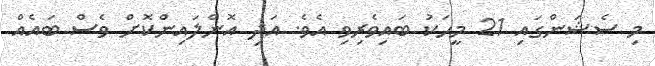
މި ސެޝަންގައި 21 މީހަކު ބައިވެރިވި އެވެ. އަދި އޮންލައިންކޮށް ވެސް ބައެއް